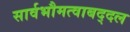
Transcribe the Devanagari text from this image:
सार्वभौमत्वाबद्दल